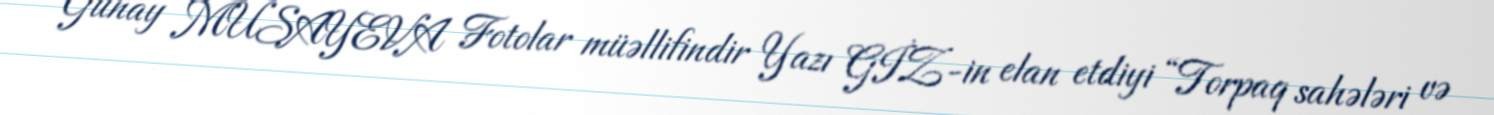
Günay MUSAYEVA Fotolar müəllifindir Yazı GİZ-in elan etdiyi “Torpaq sahələri və